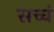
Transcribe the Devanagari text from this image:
सच्चं